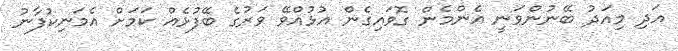
އަދި މިއަދު ބޭނުންވަނީ އެންމެން ގޮވައިގެން އުޅުއްވޭ ވަރުގެ ބޭފުޅެއް ކަމަށް އެމަނިކުފާނު